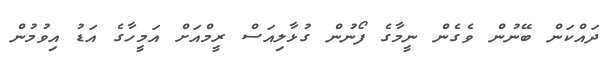
ދައްކަން ބޭނުން ވެގެން ނީމާގެ ފޯނުން ގުޅާލިއަސް ރީމްއަށް އަމީހާގެ އަޑު އިވުމުން